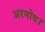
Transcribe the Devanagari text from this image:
अरनोद।